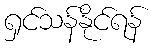
ရှင်သန်နိုင်ရန်